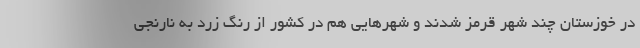
در خوزستان چند شهر قرمز شدند و شهرهایی هم در کشور از رنگ زرد به نارنجی